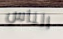
الناس